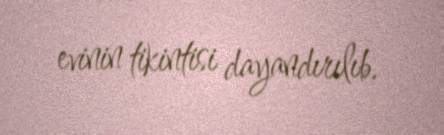
evinin tikintisi dayandırılıb.